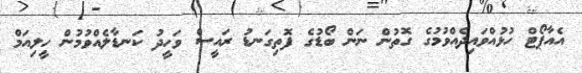
އެއާޕޯޓް ހުޅުއްވައިދެއްވުމުގެ ގޮތުން ނަން ބޯޑުގެ ފޮތިގަނޑު ރައީސް ވަހީދު ކަނޑާލެއްވުމުން ހީލިއަމް